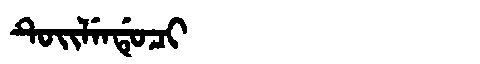
Manchu: ᡨᡠᡳᠯᡝᠨᡩᡠᠴᡳ
Romanization: TUILENDUCI